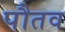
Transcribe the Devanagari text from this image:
पौतव